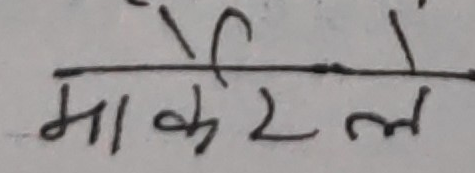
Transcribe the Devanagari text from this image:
मार्केरले